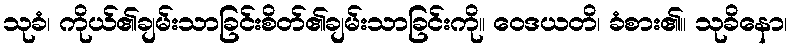
သုခံ၊ ကိုယ်၏ချမ်းသာခြင်းစိတ်၏ချမ်းသာခြင်းကို။ ဝေဒယတိ၊ ခံစား၏။ သုခိနော၊